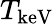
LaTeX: T_{\mathrm{keV}}